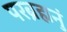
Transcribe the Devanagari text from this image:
परब्रह्मनुं